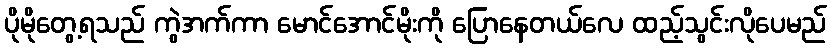
ပိုမိုတွေ့ရသည် ကွဲအက်ကာ မောင်အောင်မိုးကို ပြောနေတယ်လေ ထည့်သွင်းလိုပေမည်